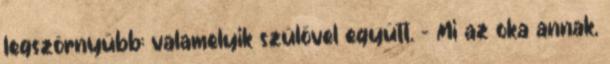
legszörnyűbb: valamelyik szülővel együtt. – Mi az oka annak,